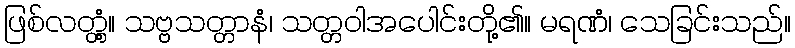
ဖြစ်လတ္တံ့။ သဗ္ဗသတ္တာနံ၊ သတ္တဝါအပေါင်းတို့၏။ မရဏံ၊ သေခြင်းသည်။